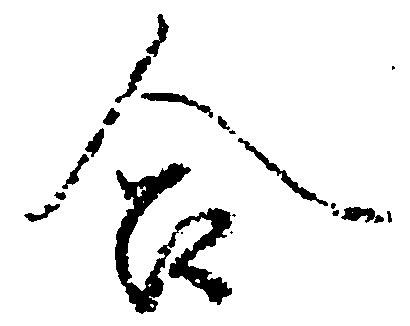
合